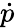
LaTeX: \dot{p}